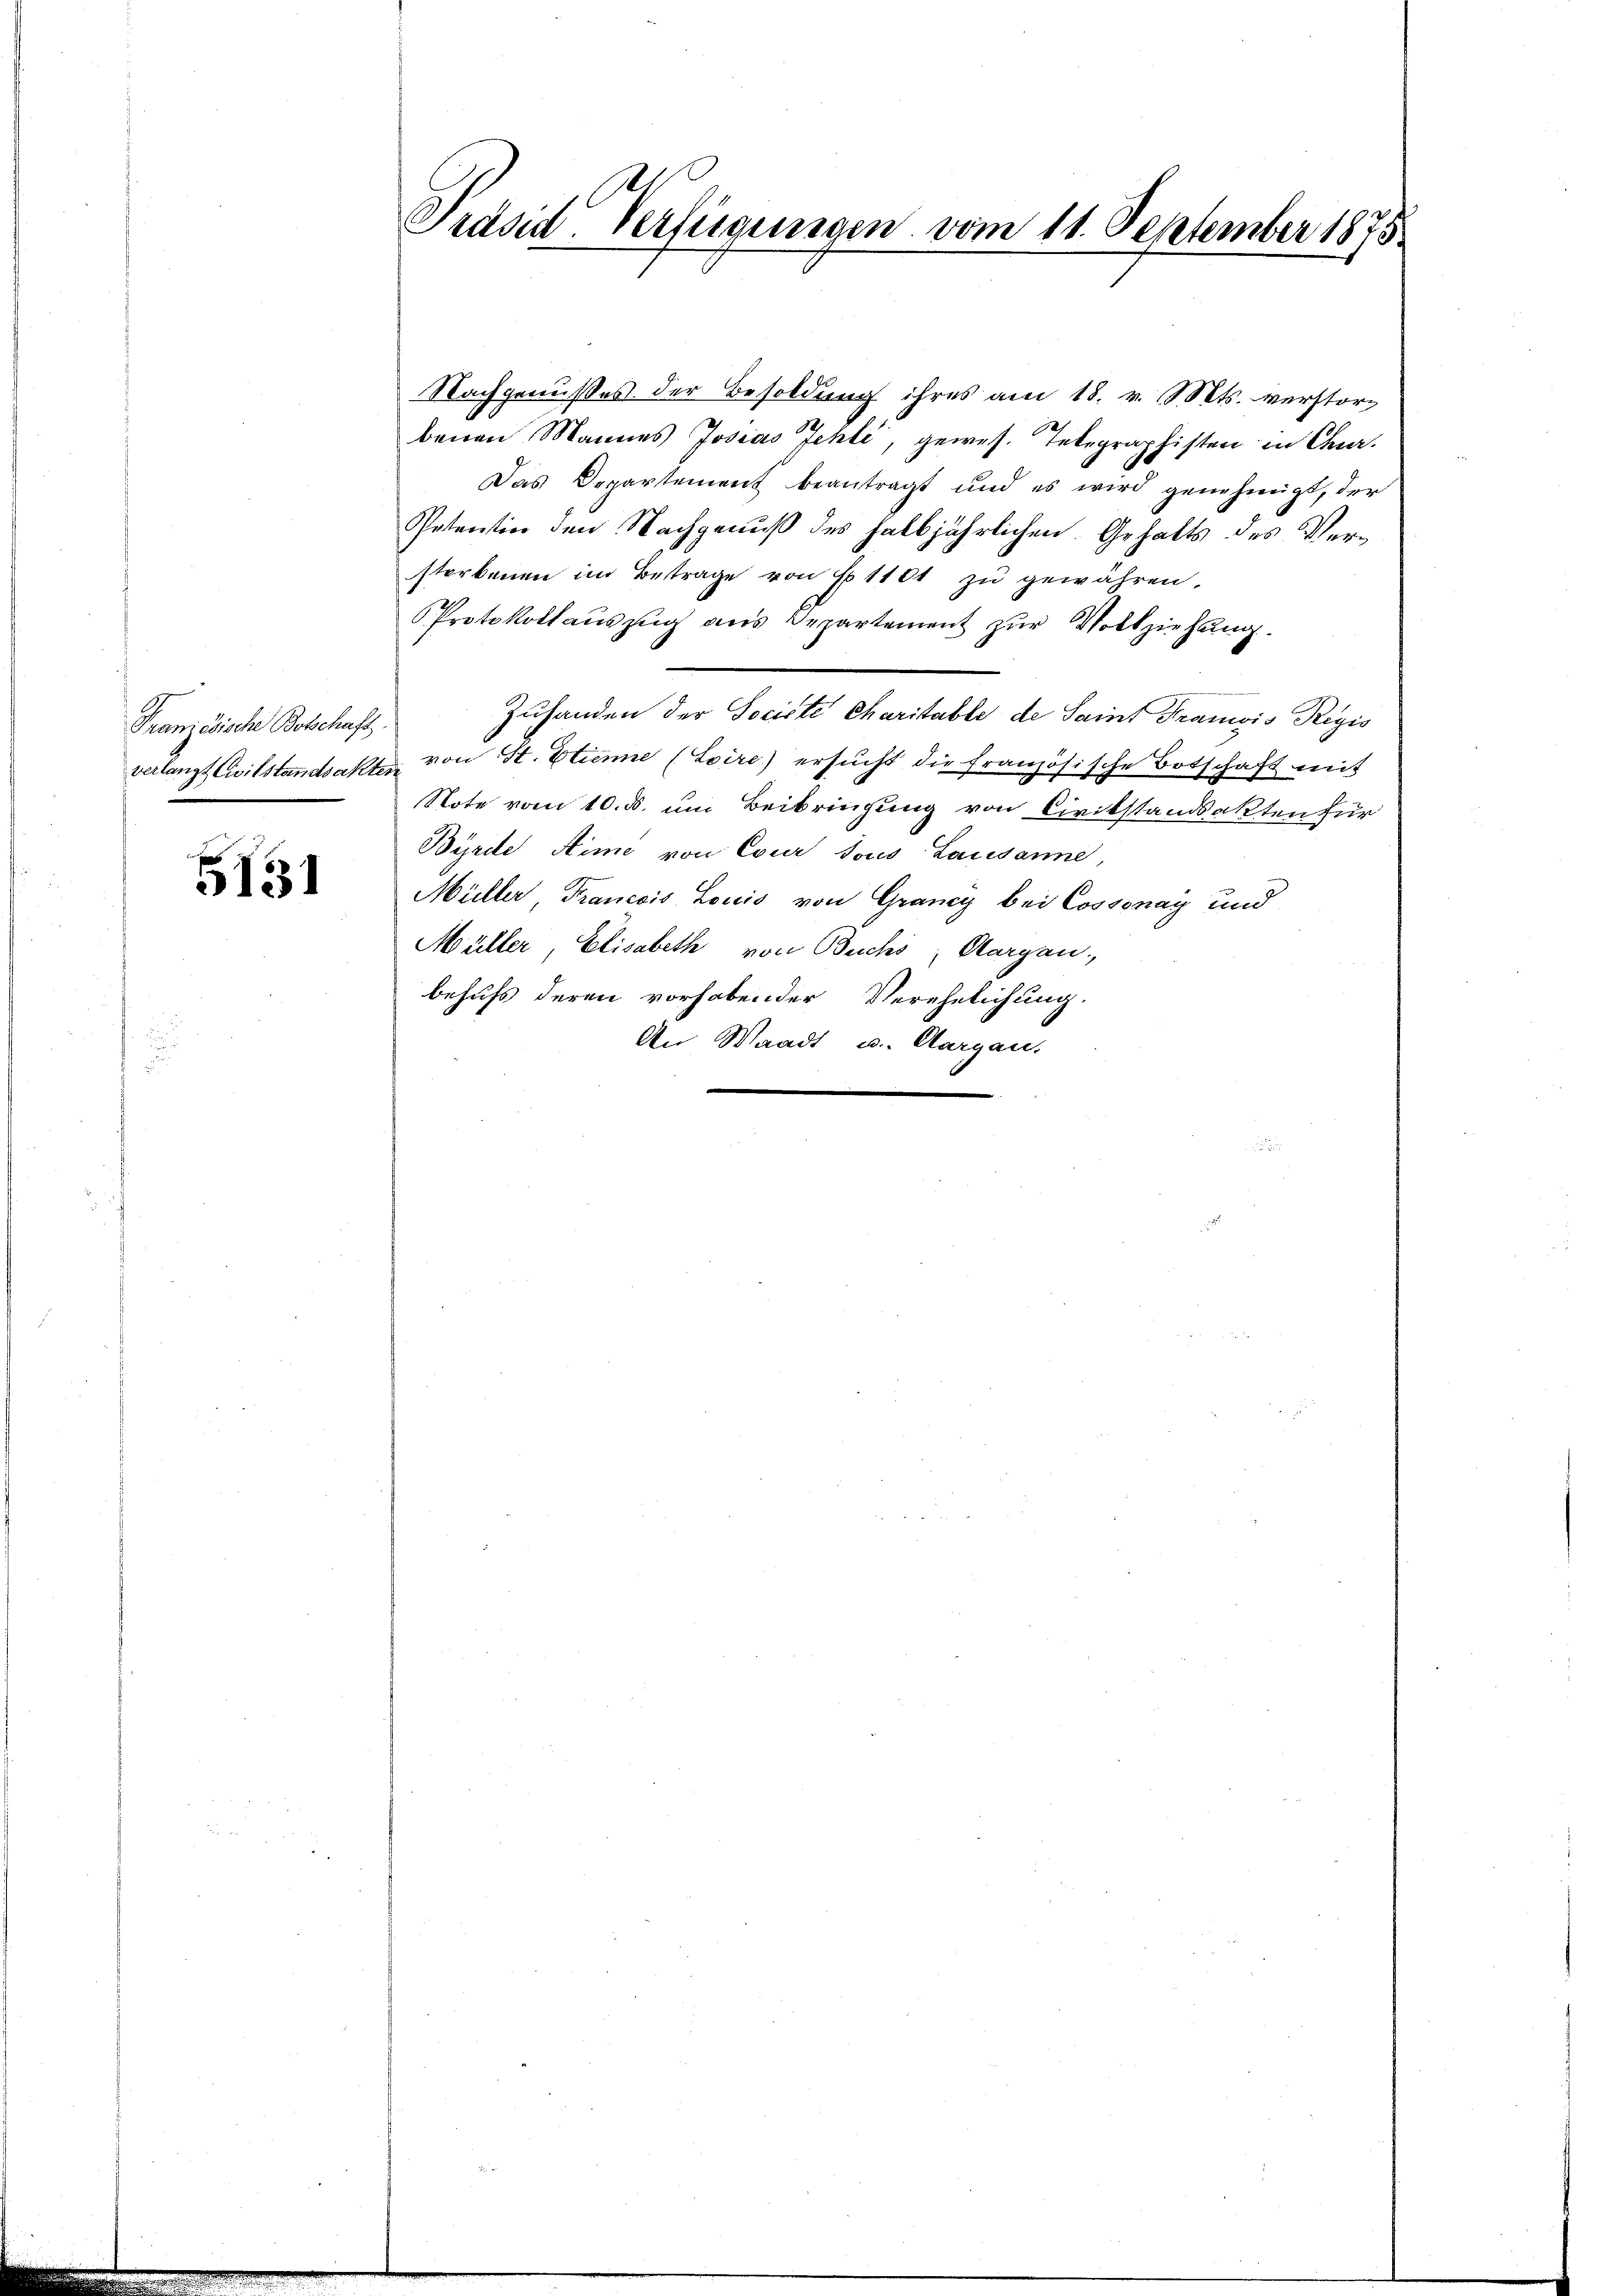
Französische Botschaft.

5131

s
Präsid. Verfügungen vom 11. September 1875

Nachgenusses der Besoldung ihres am 18. v. Mts. verstorbenen Mannes Josias Jehli, gewes. Telegraphisten in Chr.
Das Departement beantragt und es wird genehmigt, der
Petentin den Nachgenuß des halbjährlichen Gehalts des Versterbenen im Betrage von No 1104 zŭ gewähren.
Protokollauszug aus Departement zur Vollziehung.
Zuhanden der Socirte Maritable de Saint Francis Regis
verlangt Civilstandsakter von St. Etienne (Loire) ersŭcht die französische Botschaft mit
Note vom 10. ds. um Beibringung von Civilstandsakten für
Bürde, Aime von Cour tous Lausanne
Müller, Francois Louis von Graney bei Cossonay und
Müller, Elisabeth von Buchs, Aargau,
behufs deren vorhabender Verehelichung.
An Waadt u. Aargau,